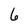
Character: 6